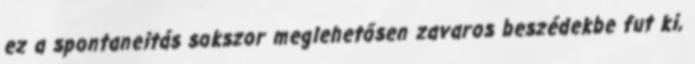
ez a spontaneitás sokszor meglehetősen zavaros beszédekbe fut ki,